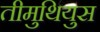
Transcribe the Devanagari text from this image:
तीमुथियुस